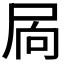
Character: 𭕜